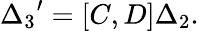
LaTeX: {\Delta_{3}}^{\prime}=\left[C,D\right]\Delta_{2}.